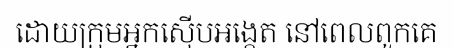
ដោយក្រុមអ្នកស៊ើបអង្កេត នៅពេលពួកគេ